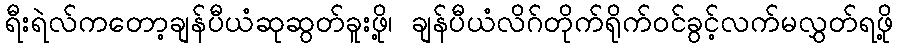
ရီးရဲလ်ကတော့ချန်ပီယံဆုဆွတ်ခူးဖို့၊ ချန်ပီယံလိဂ်တိုက်ရိုက်ဝင်ခွင့်လက်မလွှတ်ရဖို့